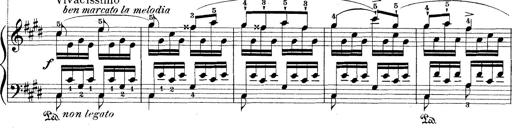
Title: Le rossignol
Composer: Franz Liszt